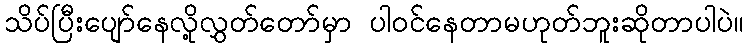
သိပ်ပြီးပျော်နေလို့လွှတ်တော်မှာ ပါဝင်နေတာမဟုတ်ဘူးဆိုတာပါပဲ။